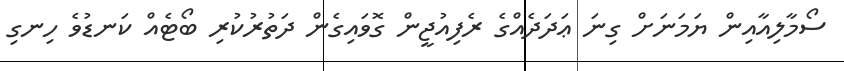
ސޯމާލިއާއިން ޔަމަނަށް ގިނަ ޢަދަދެއްގެ ރެފިއުޖީން ގޮވައިގެން ދަތުރުކުރި ބޯޓެއް ކަނޑުވެ ހިނގި